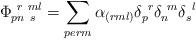
LaTeX: \begin{align*}\Phi _{pn~s}^{~r~ml}= \sum _{perm}\alpha_{(rml)}\delta_{p}^{~r}\delta_{n}^{~m} \delta_{s}^{~l} \end{align*}